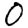
Digit: 0